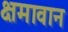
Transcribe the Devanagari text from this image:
क्षमावान